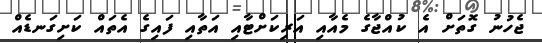
ޖެހުނު ގޮތަށް އެ ކުއްޖާގެ މެއާއި އަރިކަށްޓާއި އަތާއި ފައިގެ އެތައް ކަށިގަނޑެއް